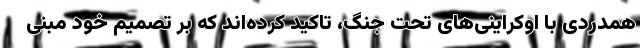
همدردی با اوکراینی‌های تحت جنگ، تاکید کرده‌اند که بر تصمیم خود مبنی